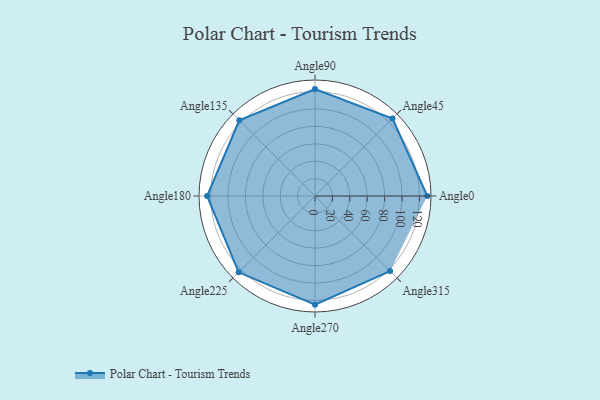
{"axis": {"x": "Angle", "y": "Radius"}, "legend": [""], "data": [{"x": "Angle0", "y": 129.0, "type": ""}, {"x": "Angle45", "y": 126.0, "type": ""}, {"x": "Angle90", "y": 123.0, "type": ""}, {"x": "Angle135", "y": 123.0, "type": ""}, {"x": "Angle180", "y": 124.0, "type": ""}, {"x": "Angle225", "y": 124.0, "type": ""}, {"x": "Angle270", "y": 125.0, "type": ""}, {"x": "Angle315", "y": 122.0, "type": ""}]}